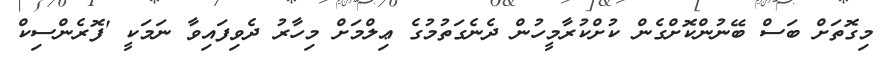
މިގޮތަށް ބަސް ބޭނުންކޮށްގެން ކުށްކުރާމީހުން ދެނެގަތުމުގެ ޢިލްމަށް މިހާރު ދެވިފައިވާ ނަމަކީ 'ފޮރެންސިކް